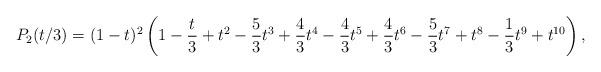
LaTeX: \begin{align*}P_2(t/3) = (1 - t)^2 \left( 1 - \frac{t}3 + t^2 - \frac{5}3 t^3 + \frac{4}{3} t^4 - \frac43 t^5 + \frac43 t^6 - \frac53 t^7 + t^8 - \frac13 t^9 + t^{10} \right),\end{align*}